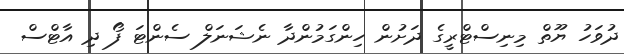
ދުވަހު ޔޫތް މިނިސްޓްރީގެ ދަށުން ހިންގަމުންދާ ނެޝަނަލް ސެންޓަ ފޯ ދި އާޓްސް